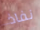
نفاذ